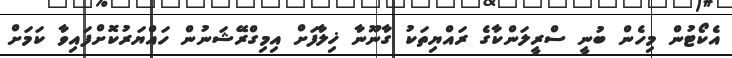
އެކޯޓުން މިހެން ބުނީ ސްރީލަންކާގެ ރައްޔިތަކު ގާނޫނާ ޚިލާފަށް އިމިގްރޭޝަނުން ހައްޔަރުކޮށްފައިވާ ކަމަށް